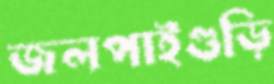
জলপাইগুড়ি